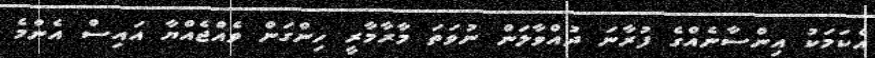
އެކަމަކު އިންސާނެއްގެ ފުރާނަ ދުއްވާލަން ނުވަތަ މާރާމާރީ ހިންގަން ވެއްޖެއްޔާ އައިސް އެންމެ